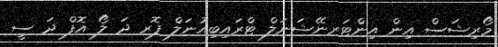
މޯރިޝަސް އިން އިންޓަރނޭޝަނަލް ޓްރައިބިއުނަލް ފޮރ ދަ ލޯ އޮފް ދަ ސީ